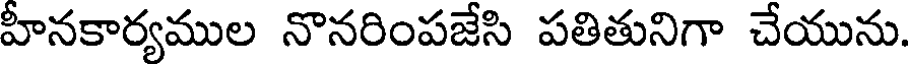
హీనకార్యముల నొనరింపజేసి పతితునిగా చేయును.